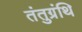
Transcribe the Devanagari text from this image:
तंतुग्रंथि